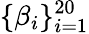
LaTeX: \{ \beta_{i}\} _{i=1}^{20}